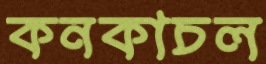
কনকাচল